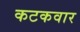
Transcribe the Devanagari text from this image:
कटकवार